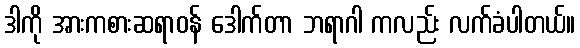
ဒါကို အားကစားဆရာဝန် ဒေါက်တာ ဘရာဂါ ကလည်း လက်ခံပါတယ်။